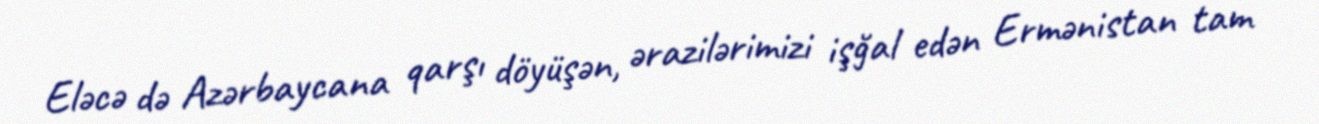
Eləcə də Azərbaycana qarşı döyüşən, ərazilərimizi işğal edən Ermənistan tam